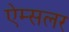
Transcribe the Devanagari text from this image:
ऐम्सलर